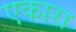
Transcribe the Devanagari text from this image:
एकारा